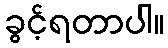
ခွင့်ရတာပါ။